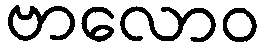
ဗာလောဝ